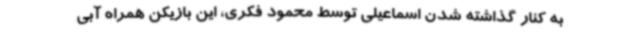
به کنار گذاشته شدن اسماعیلی توسط محمود فکری، این بازیکن همراه آبی